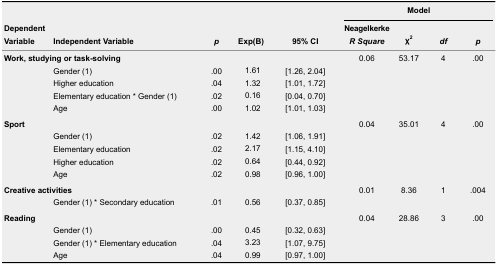
<table><thead><tr><td rowspan="2"><b>Dependent Variable</b></td><td rowspan="2"><b>Independent Variable</b></td><td rowspan="2"><b><i>p</i></b></td><td rowspan="2"><b>Exp(B)</b></td><td rowspan="2"><b>95% CI</b></td><td colspan="4"><b>Model </b></td></tr><tr><td><b>Neagelkerke <i>R Square</i></b></td><td><b>χ<sup>2</sup></b></td><td><b><i>df</i></b></td><td><b><i>p</i></b></td></tr></thead><tbody><tr><td colspan="5"><b>Work, studying or task-solving</b></td><td>0.06</td><td>53.17</td><td>4</td><td>.00</td></tr><tr><td></td><td>Gender (1)</td><td>.00</td><td>1.61</td><td>[1.26, 2.04]</td><td></td><td></td><td></td><td></td></tr><tr><td></td><td>Higher education</td><td>.04</td><td>1.32</td><td>[1.01, 1.72]</td><td></td><td></td><td></td><td></td></tr><tr><td></td><td>Elementary education * Gender (1)</td><td>.02</td><td>0.16</td><td>[0.04, 0.70]</td><td></td><td></td><td></td><td></td></tr><tr><td></td><td>Age</td><td>.00</td><td>1.02</td><td>[1.01, 1.03]</td><td></td><td></td><td></td><td></td></tr><tr><td colspan="5"><b>Sport</b></td><td>0.04</td><td>35.01</td><td>4</td><td>.00</td></tr><tr><td></td><td>Gender (1)</td><td>.02</td><td>1.42</td><td>[1.06, 1.91]</td><td></td><td></td><td></td><td></td></tr><tr><td></td><td>Elementary education</td><td>.02</td><td>2.17</td><td>[1.15, 4.10]</td><td></td><td></td><td></td><td></td></tr><tr><td></td><td>Higher education</td><td>.02</td><td>0.64</td><td>[0.44, 0.92]</td><td></td><td></td><td></td><td></td></tr><tr><td></td><td>Age</td><td>.02</td><td>0.98</td><td>[0.96, 1.00]</td><td></td><td></td><td></td><td></td></tr><tr><td colspan="5"><b>Creative activities</b></td><td>0.01</td><td>8.36</td><td>1</td><td>.004</td></tr><tr><td></td><td>Gender (1) * Secondary education</td><td>.01</td><td>0.56</td><td>[0.37, 0.85]</td><td></td><td></td><td></td><td></td></tr><tr><td colspan="5"><b>Reading</b></td><td>0.04</td><td>28.86</td><td>3</td><td>.00</td></tr><tr><td></td><td>Gender (1)</td><td>.00</td><td>0.45</td><td>[0.32, 0.63]</td><td></td><td></td><td></td><td></td></tr><tr><td></td><td>Gender (1) * Elementary education</td><td>.04</td><td>3.23</td><td>[1.07, 9.75]</td><td></td><td></td><td></td><td></td></tr><tr><td></td><td>Age</td><td>.04</td><td>0.99</td><td>[0.97, 1.00]</td><td></td><td></td><td></td><td></td></tr></tbody></table>